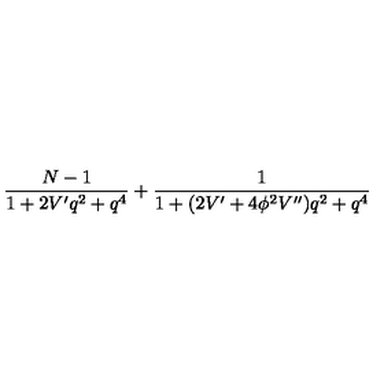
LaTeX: \frac { N - 1 } { 1 + 2 V ^ { \prime } q ^ { 2 } + q ^ { 4 } } + \frac { 1 } { 1 + ( 2 V ^ { \prime } + 4 \phi ^ { 2 } V ^ { \prime \prime } ) q ^ { 2 } + q ^ { 4 } }